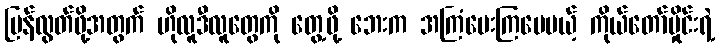
ပြန်လွတ်ဖို့အတွက် ဟိုလူဒီလူတွေကို တွေ့ဖို့ ဘေးက အကြံပေးကြပေမယ့် ကိုယ်တော်မှိုင်းရဲ့